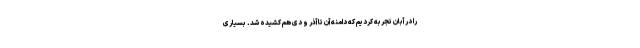
را در آبان تجربه کردیم که دامنه آن تا آذر و دی هم کشیده شد. بسیاری